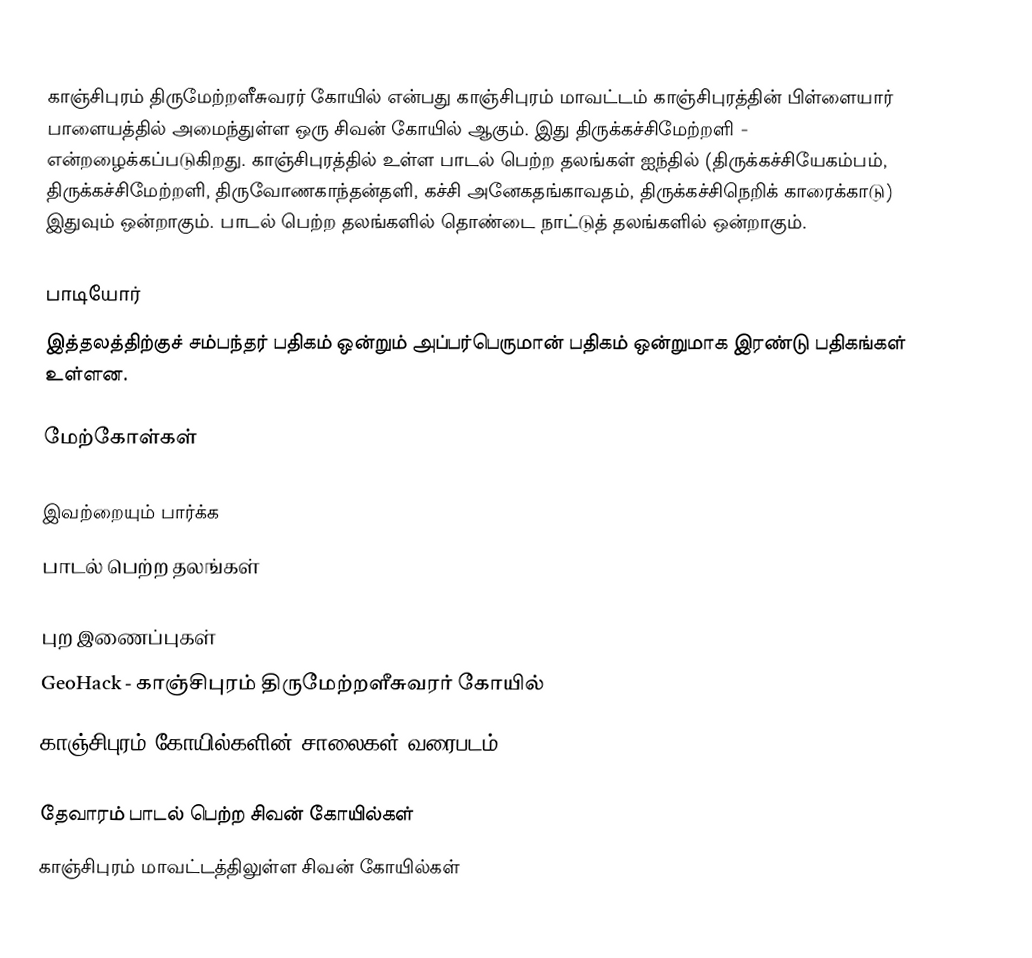
காஞ்சிபுரம் திருமேற்றளீசுவரர் கோயில் என்பது காஞ்சிபுரம் மாவட்டம் காஞ்சிபுரத்தின் பிள்ளையார் பாளையத்தில் அமைந்துள்ள ஒரு சிவன் கோயில் ஆகும். இது திருக்கச்சிமேற்றளி - என்றழைக்கப்படுகிறது. காஞ்சிபுரத்தில் உள்ள பாடல் பெற்ற தலங்கள் ஐந்தில் (திருக்கச்சியேகம்பம், திருக்கச்சிமேற்றளி, திருவோணகாந்தன்தளி, கச்சி அனேகதங்காவதம், திருக்கச்சிநெறிக் காரைக்காடு) இதுவும் ஒன்றாகும். பாடல் பெற்ற தலங்களில் தொண்டை நாட்டுத் தலங்களில் ஒன்றாகும்.

பாடியோர்
இத்தலத்திற்குச் சம்பந்தர் பதிகம் ஒன்றும் அப்பர்பெருமான் பதிகம் ஒன்றுமாக இரண்டு பதிகங்கள் உள்ளன.

மேற்கோள்கள்

இவற்றையும் பார்க்க
 பாடல் பெற்ற தலங்கள்

புற இணைப்புகள்
 GeoHack - காஞ்சிபுரம் திருமேற்றளீசுவரர் கோயில்
 காஞ்சிபுரம் கோயில்களின் சாலைகள் வரைபடம்.

தேவாரம் பாடல் பெற்ற சிவன் கோயில்கள்
காஞ்சிபுரம் மாவட்டத்திலுள்ள சிவன் கோயில்கள்